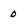
Character: 0